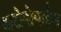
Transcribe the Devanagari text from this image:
अटोमोबाईल